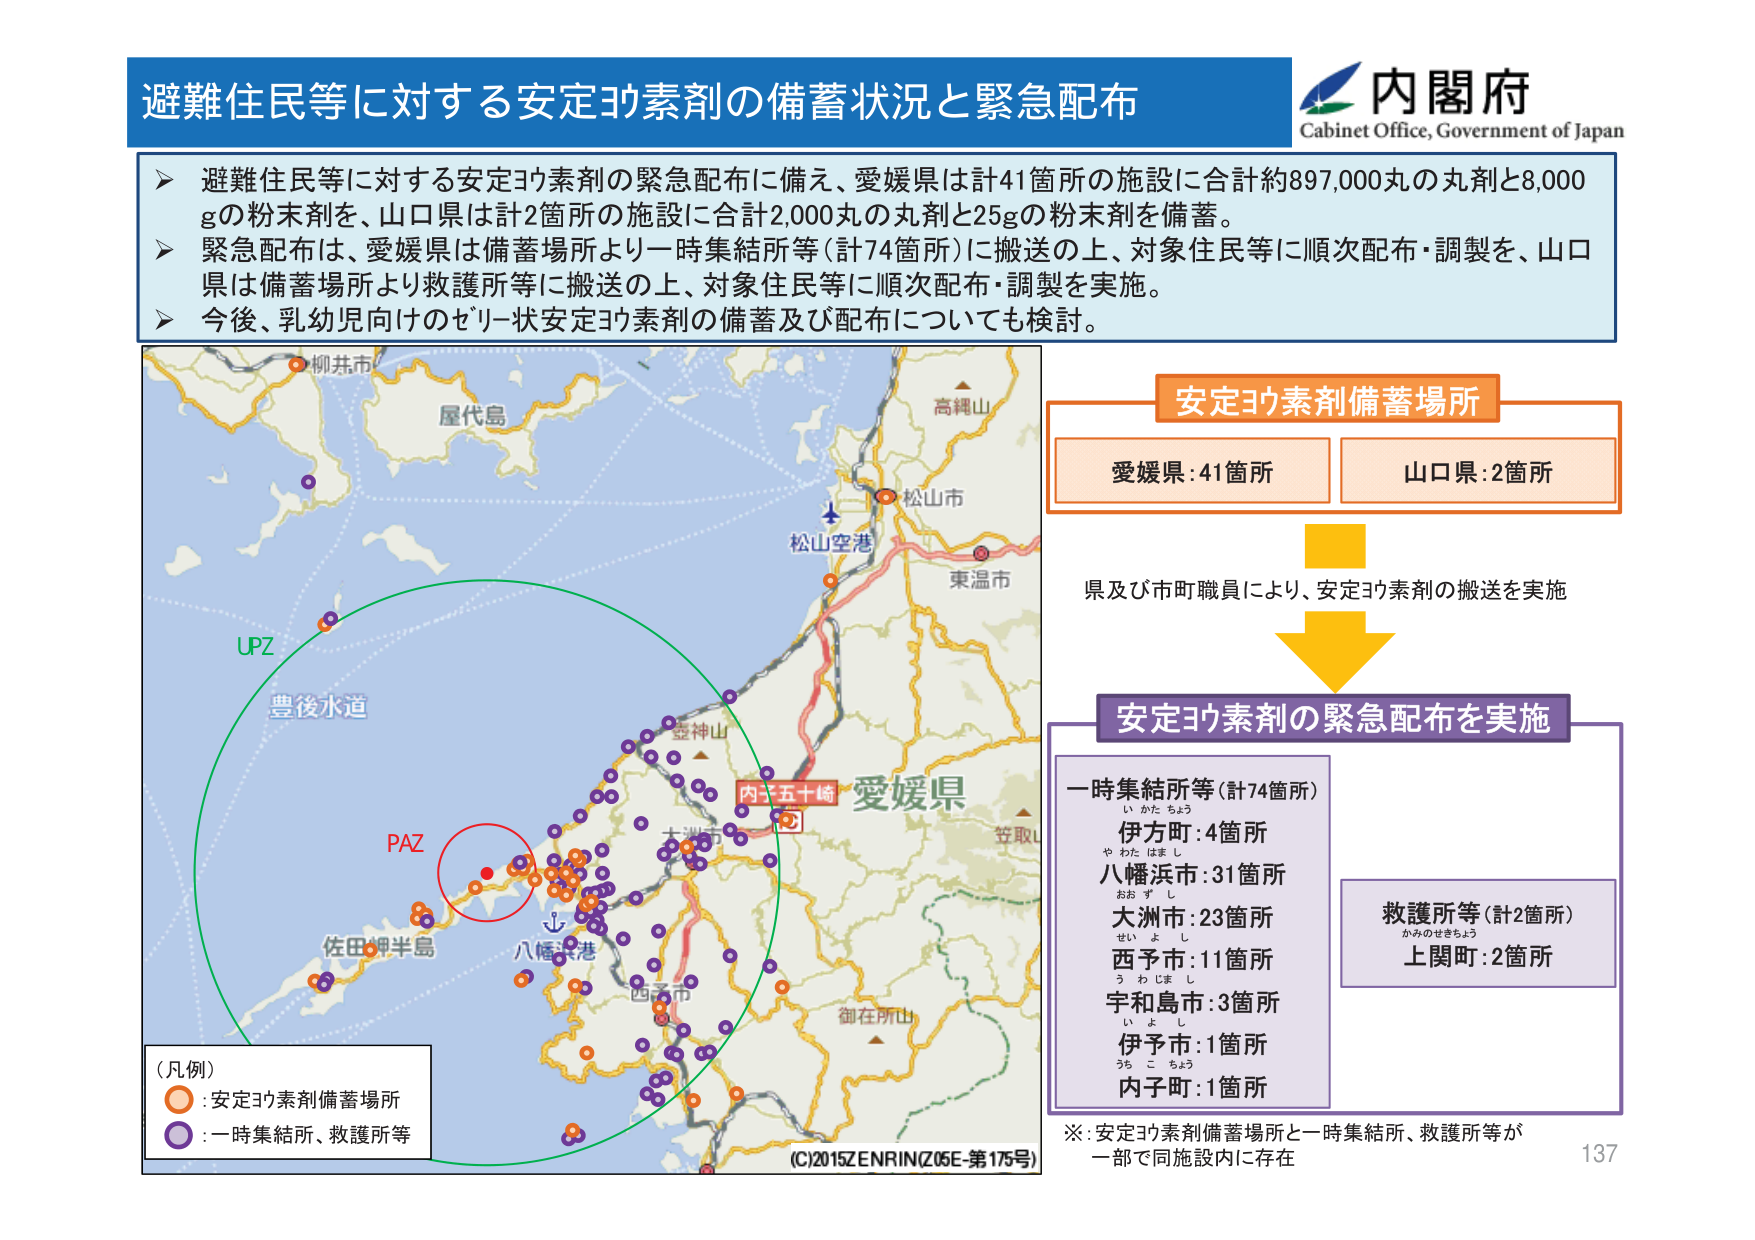
避難住民等に対する安定ヨウ素剤の備蓄状況と緊急配布

内閣府
Cabinet Office, Government of Japan

➤ 避難住民等に対する安定ヨウ素剤の緊急配布に備え、愛媛県は計41箇所の施設に合計約897,000丸の丸剤と8,000gの粉末剤を、山口県は計2箇所の施設に合計2,000丸の丸剤と25gの粉末剤を備蓄。
➤ 緊急配布は、愛媛県は備蓄場所より一時集結所等（計74箇所）に搬送の上、対象住民等に順次配布・調製を、山口県は備蓄場所より救護所等に搬送の上、対象住民等に順次配布・調製を実施。
➤ 今後、乳幼児向けのゼリー状安定ヨウ素剤の備蓄及び配布についても検討。

安定ヨウ素剤備蓄場所
愛媛県：41箇所
山口県：2箇所

県及び市町職員により、安定ヨウ素剤の搬送を実施

安定ヨウ素剤の緊急配布を実施

一時集結所等（計74箇所）
い かた ちょう
伊方町：4箇所
や わた はまし
八幡浜市：31箇所
おお ず し
大洲市：23箇所
せい よ し
西予市：11箇所
う わじま し
宇和島市：3箇所
い よ し
伊予市：1箇所
うち こ ちょう
内子町：1箇所

救護所等（計2箇所）
かみのせきちょう
上関町：2箇所

※：安定ヨウ素剤備蓄場所と一時集結所、救護所等が一部で同施設内に存在

（凡例）
○：安定ヨウ素剤備蓄場所
●：一時集結所、救護所等

柳井市
屋代島
高縄山
松山市
松山空港
東温市
豊後水道
UPZ
PAZ
佐田岬半島
八幡浜港
四万十市
内子五十崎
愛媛県
笠取
御在所山
(C)2015 ZENRIN (Z05E-第175号)

137